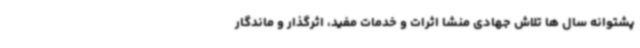
پشتوانه سال ها تلاش جهادی منشا اثرات و خدمات مفید، اثرگذار و ماندگار